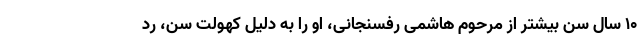
۱۰ سال سن بیشتر از مرحوم هاشمی رفسنجانی، او را به دلیل کهولت سن، رد